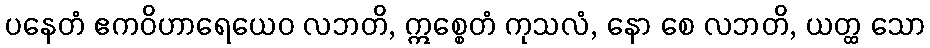
ပနေတံ ဧကဝိဟာရေယေဝ လဘတိ, ဣစ္စေတံ ကုသလံ, နော စေ လဘတိ, ယတ္ထ သော